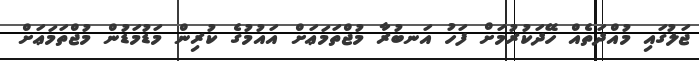
ޖަލުގައި މުއްދަތެއް ހޭދަކުރުމަށް ފަހު އަނބުރާ މުޖްތަމަޢަށް އައުމުގެ ކުރިން މަޑުމަޑުން މުޖްތަމަޢަށް